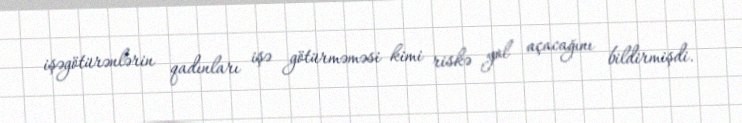
işəgötürənlərin qadınları işə götürməməsi kimi riskə yol açacağını bildirmişdi.